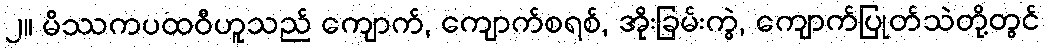
၂။ မိဿကပထဝီဟူသည် ကျောက်, ကျောက်စရစ်, အိုးခြမ်းကွဲ, ကျောက်ပြုတ်သဲတို့တွင်